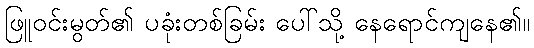
ဖြူဝင်းမွတ်၏ ပခုံးတစ်ခြမ်း ပေါ်သို့ နေရောင်ကျနေ၏။